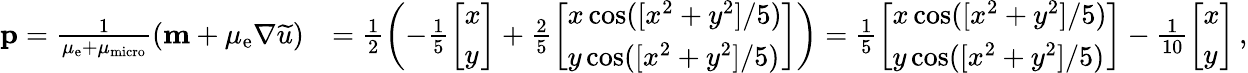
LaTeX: \begin{array}{rl}{\mathbf{p}=\frac{1}{\mu_{\mathrm{e}}+\mu_{\mathrm{micro}}}(\mathbf{m}+\mu_{\mathrm{e}}\nabla\widetilde{u})}&{=\frac{1}{2}\left(-\frac{1}{5}\left[\begin{array}{l}{x}\\ {y}\end{array}\right]+\frac{2}{5}\left[\begin{array}{l}{x\cos([x^{2}+y^{2}]/5)}\\ {y\cos([x^{2}+y^{2}]/5)}\end{array}\right]\right)=\frac{1}{5}\left[\begin{array}{l}{x\cos([x^{2}+y^{2}]/5)}\\ {y\cos([x^{2}+y^{2}]/5)}\end{array}\right]-\frac{1}{10}\left[\begin{array}{l}{x}\\ {y}\end{array}\right]\, ,}\end{array}